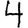
Digit: 4